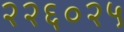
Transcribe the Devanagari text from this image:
२२६०२५